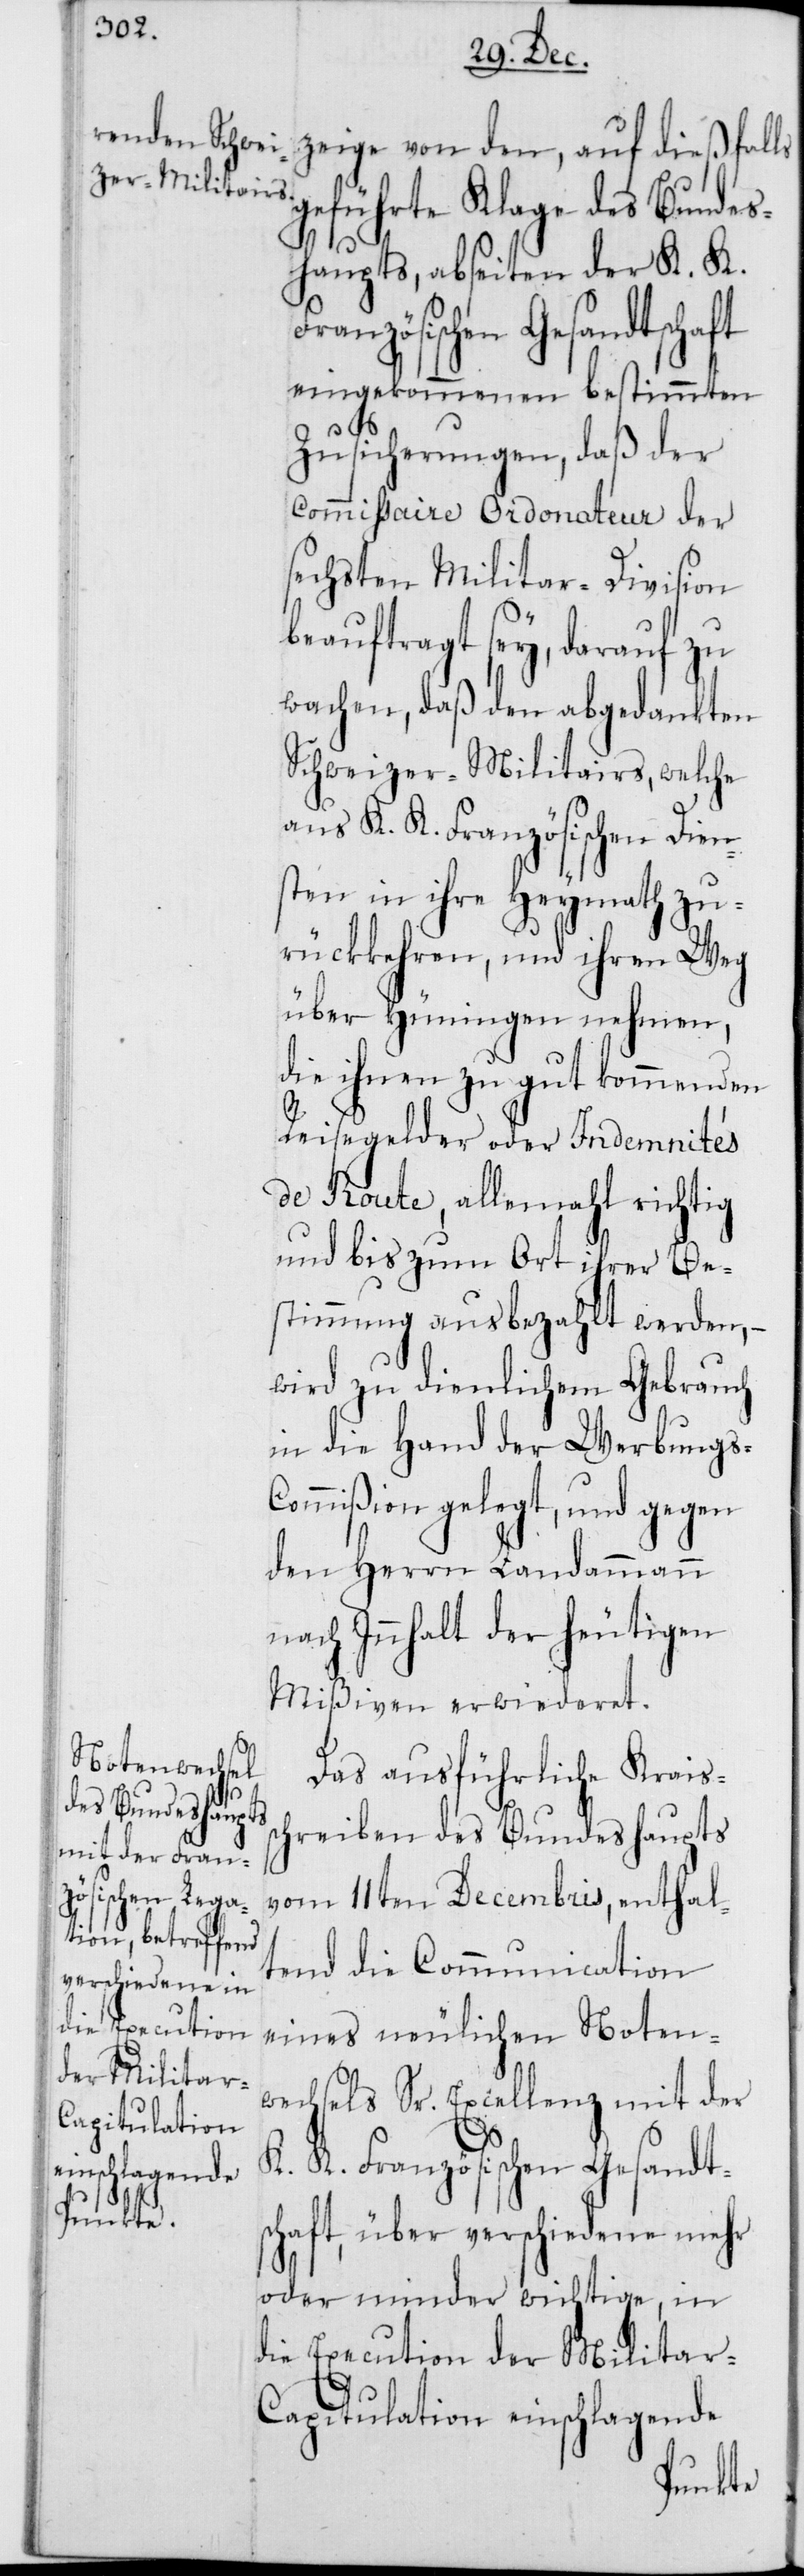
zeige von den, auf dießfalls
geführte Klage des Bundes¬
haupts, abseiten der K. K.
Französischen Gesandtschaft
eingekommenen bestimmten
Zusicherungen, daß der
Commissaire Ordonateur der
sechsten Militar-Division
beauftragt sey, darauf zu
wachen, daß den abgedankten
Schweizer-Militars, welche
aus K. K. Französischen Dien¬
sten in ihre Heymath zu¬
rückkehren, und ihren Weg
über Hüningen nehmen,
die ihnen zu gut kommenden
Reisegelder oder Indemnités
de Route, allemahl richtig
und bis zum Ort ihrer Be¬
stimmung ausbezahlt werden, –
wird zu dienlichem Gebrauch
in die Hand der Werbungs-C¬
ommißion gelegt, und gegen
den Herrn Landammann
nach Innhalt der heutigen
Mißiven erwiederet.
Das ausführliche Kraiss¬
chreiben des Bundeshaupts
vom 11ten Decembris, enthal¬
tend die Communication
eines neulichen Noten¬
wechsels Sr. Excellenz mit der
K. K. Französischen Gesandts¬
chaft, über verschiedene mehr
oder minder wichtige, in
die Execution der Militar-C¬
apitulation einschlagende